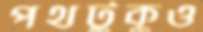
পথটুকুও